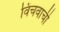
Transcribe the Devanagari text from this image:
विंचवाची